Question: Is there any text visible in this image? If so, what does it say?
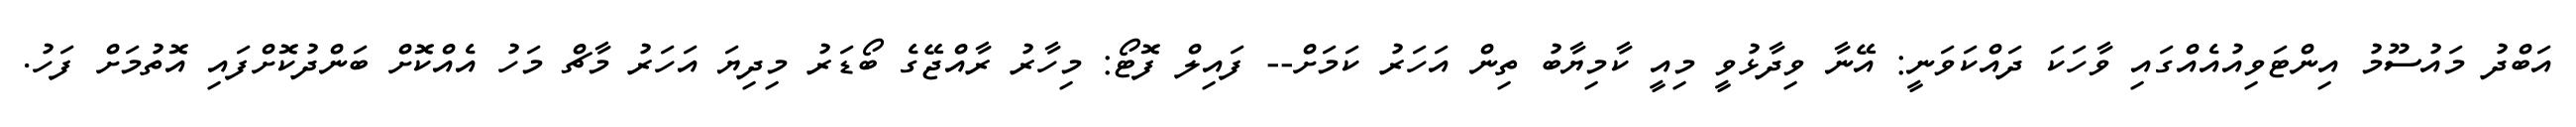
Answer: އަބްދު މައުސޫމު އިންޓަވިއުއެއްގައި ވާހަކަ ދައްކަވަނީ: އޭނާ ވިދާޅުވީ މިއީ ކާމިޔާބު ތިން އަހަރު ކަމަށް-- ފައިލް ފޮޓޯ: މިހާރު ރާއްޖޭގެ ބޯޑަރު މިދިޔަ އަހަރު މާޗް މަހު އެއްކޮށް ބަންދުކޮށްފައި އޮތުމަށް ފަހު.